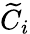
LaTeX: \widetilde{C}_{i}